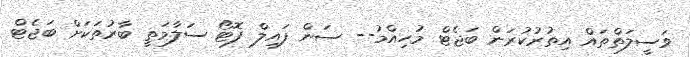
ވަސީލަތްތައް އިތުރުކުރަން ބަޖެޓް މުހިއްމު-- ސަން ފައިލް ފޮޓޯ ސަލާމަތީ ބާރުތަކަށް ބަޖެޓް